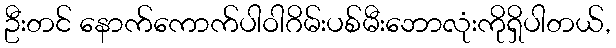
ဦးတင် နောက်ကောက်ပါဝါဂိမ်းပစ်မီးဘောလုံးကိုရှိပါတယ်,